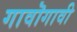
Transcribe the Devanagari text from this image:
गावॊगावी